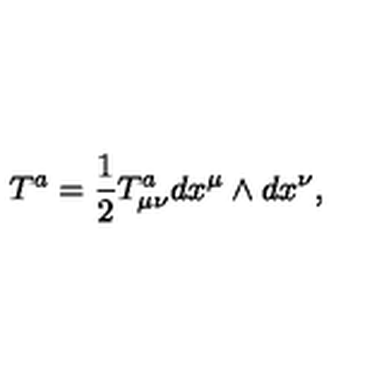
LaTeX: T ^ { a } = \frac { 1 } { 2 } T _ { \mu \nu } ^ { a } d x ^ { \mu } \wedge d x ^ { \nu } ,